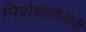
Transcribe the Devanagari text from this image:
मित्रोबाहिनीची